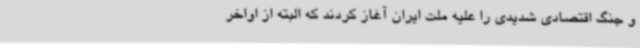
و جنگ اقتصادی شدیدی را علیه ملت ایران آغاز کردند که البته از اواخر